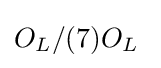
O_{L}/(7)O_{L}\